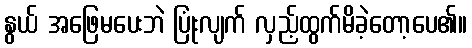
နွယ် အဖြေမပေးဘဲ ပြုံးလျက် လှည့်ထွက်မိခဲ့တော့ပေ၏။